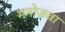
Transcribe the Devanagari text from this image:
मनोजवा